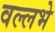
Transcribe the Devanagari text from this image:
वल्लभे